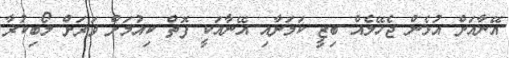
އޭނާއަށް އުޅެން ޖެހޭލެއް ބިޒީ ކަމަށާއި އޭނާއަކީ ފޮތް ކިއުމަށް ވަރަށް ލޯބިކުރާ